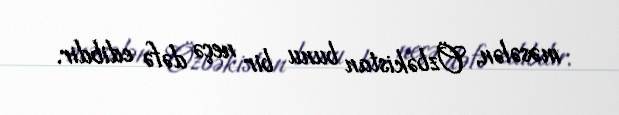
məsələn, Özbəkistan bunu bir neçə dəfə edibdir.